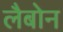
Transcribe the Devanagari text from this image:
लैबोन